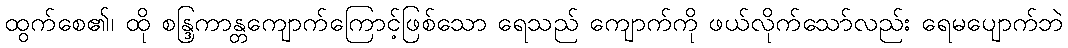
ထွက်စေ၏၊ ထို စန္ဒြကာန္တကျောက်ကြောင့်ဖြစ်သော ရေသည် ကျောက်ကို ဖယ်လိုက်သော်လည်း ရေမပျောက်ဘဲ